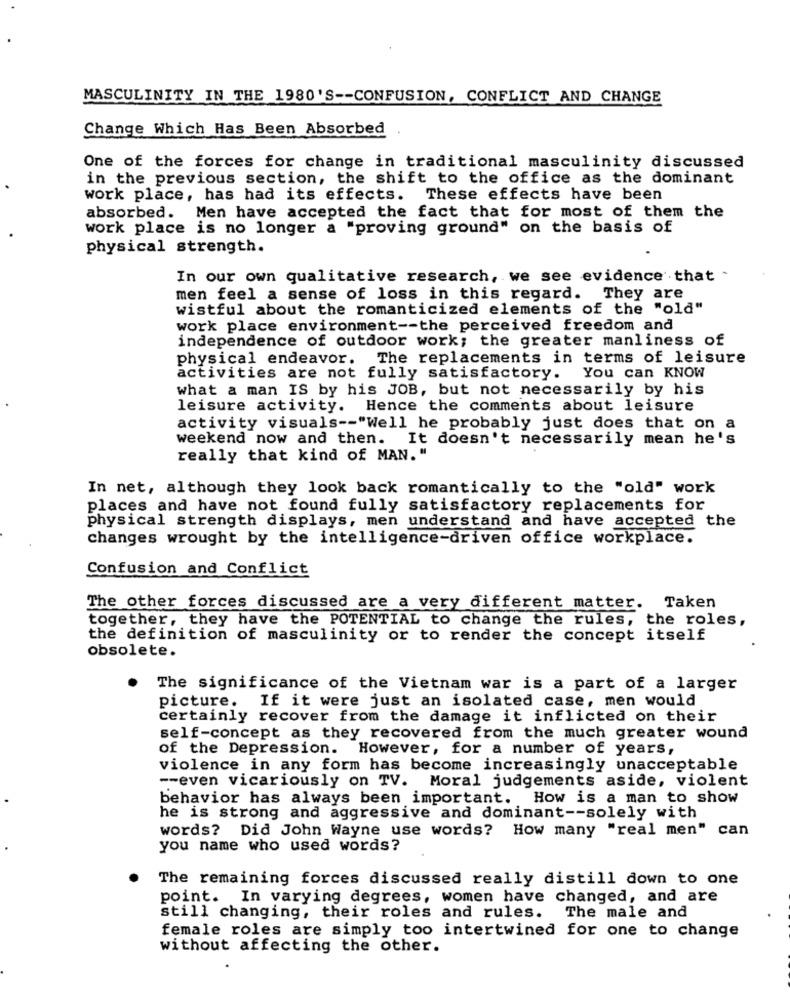
MASCULINITY IN THE 1980'S -- CONFUSION, CONFLICT AND CHANGE
Change Which Has Been Absorbed
One of the forces for change in traditional masculinity discussed
in the previous section, the shift to the office as the dominant
work place, has had its effects. These effects have been
absorbed. Men have accepted the fact that for most of them the
work place is no longer a "proving ground" on the basis of
physical strength.
In our own qualitative research, we see evidence that .
men feel a sense of loss in this regard. They are
wistful about the romanticized elements of the "old"
work place environment -- the perceived freedom and
independence of outdoor work; the greater manliness of
physical endeavor. The replacements in terms of leisure
activities are not fully satisfactory. You can KNOW
what a man IS by his JOB, but not necessarily by his
leisure activity. Hence the comments about leisure
activity visuals -- "Well he probably just does that on a
weekend now and then. It doesn't necessarily mean he's
really that kind of MAN. "
In net, although they look back romantically to the "old" work
places and have not found fully satisfactory replacements for
physical strength displays, men understand and have accepted the
changes wrought by the intelligence-driven office workplace.
Confusion and Conflict
The other forces discussed are a very different matter. Taken
together, they have the POTENTIAL to change the rules, the roles,
the definition of masculinity or to render the concept itself
obsolete.
The significance of the Vietnam war is a part of a larger
picture. If it were just an isolated case, men would
certainly recover from the damage it inflicted on their
self-concept as they recovered from the much greater wound
of the Depression. However, for a number of years,
violence in any form has become increasingly unacceptable
-- even vicariously on TV. Moral judgements aside, violent
behavior has always been important. How is a man to show
he is strong and aggressive and dominant -- solely with
words? Did John Wayne use words? How many "real men" can
you name who used words?
The remaining forces discussed really distill down to one
point. In varying degrees, women have changed, and are
still changing, their roles and rules. The male and
female roles are simply too intertwined for one to change
without affecting the other.